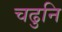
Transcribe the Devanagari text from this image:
चढुनि